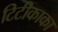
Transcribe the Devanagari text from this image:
टिटीकाका